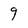
Character: 9